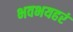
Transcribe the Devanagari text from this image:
भवभयहरं